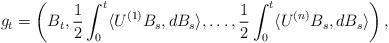
LaTeX: \begin{align*}g_{t} = \left( B_{t}, \frac{1}{2}\int_{0}^{t} \langle U^{(1)}B_{s}, dB_{s}\rangle, \ldots, \frac{1}{2} \int_{0}^{t}\langle U^{(n)}B_{s}, dB_{s}\rangle \right),\end{align*}